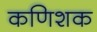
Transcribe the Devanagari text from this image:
कणिशक